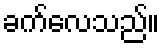
ခက်လေသည်။